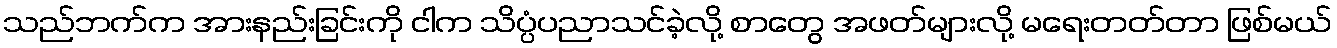
သည်ဘက်က အားနည်းခြင်းကို ငါက သိပ္ပံပညာသင်ခဲ့လို့ စာတွေ အဖတ်များလို့ မရေးတတ်တာ ဖြစ်မယ်